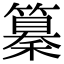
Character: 𥣚